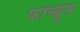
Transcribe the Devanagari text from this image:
फॉर्च्‍यून